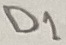
Text: D1